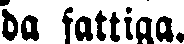
da fattiga.